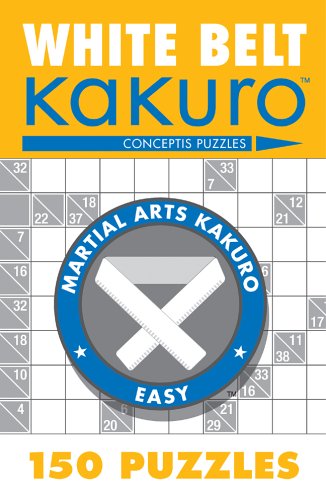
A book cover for White Belt KakuroEE¢: 150 Puzzles (Martial Arts Puzzles Series); Conceptis Puzzles; Humor & Entertainment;